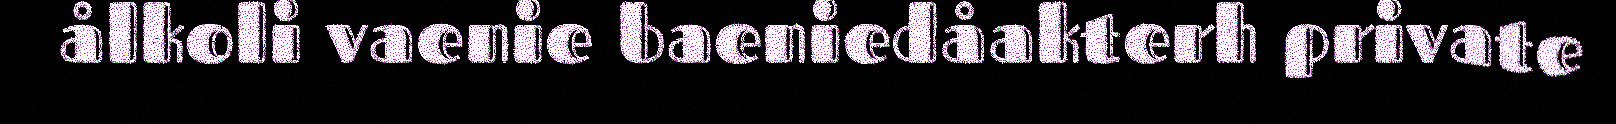
ålkoli vaenie baeniedåakterh private